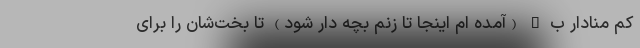
کم منادار ب " (آمده ام اینجا تا زنم بچه دار شود) تا بخت‌شان را برای